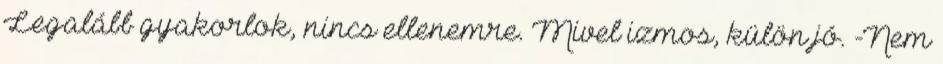
Legalább gyakorlok, nincs ellenemre. Mivel izmos, külön jó. -Nem